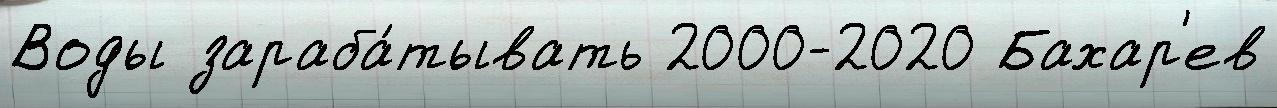
Воды зараба́тывать 2000-2020 Бахар'ев